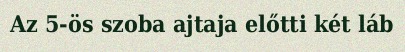
Az 5-ös szoba ajtaja előtti két láb